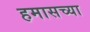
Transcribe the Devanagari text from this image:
हमासच्या